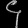
Digit: ၄